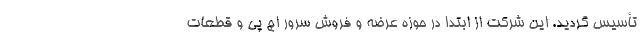
تأسیس گردید. این شرکت از ابتدا در حوزه عرضه و فروش سرور اچ پی و قطعات